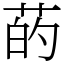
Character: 菂